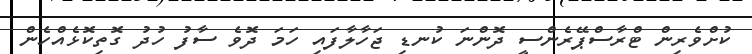
ކުށްވެރިން ޓްރާސްޕޭރެންސީ ދޮންނަ ކުނޑި ޖަހާލާފައި ހަމަ ދޮވެ ސާފު ހުދު ގޮތިކޮޅެއްހެން